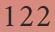
122